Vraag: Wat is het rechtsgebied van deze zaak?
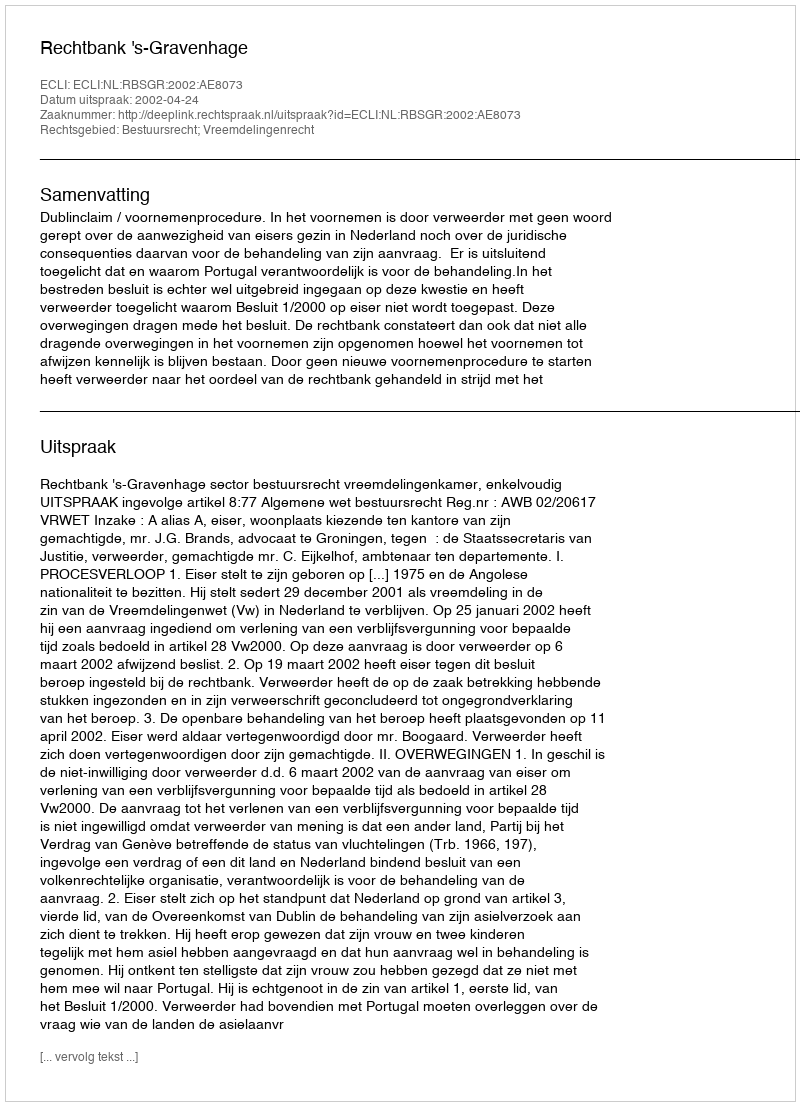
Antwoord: Bestuursrecht; Vreemdelingenrecht